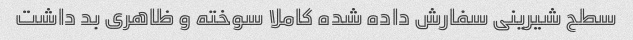
سطح شیرینی سفارش داده شده کاملا سوخته و ظاهری بد داشت